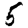
Digit: 5